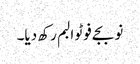
نو بجے فوٹو البم رکھ دیا۔